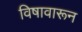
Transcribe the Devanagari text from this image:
विषावारून